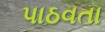
પાઠવતા